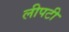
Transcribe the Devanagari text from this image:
लीपटी